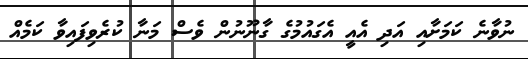
ނުވާނެ ކަމަށާއި އަދި އެއީ އެގައުމުގެ ގާނޫނުން ވެސް މަނާ ކުރެވިފައިވާ ކަމެއް